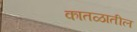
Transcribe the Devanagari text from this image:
कातळातील